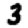
Digit: 3